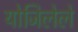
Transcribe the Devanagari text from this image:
योजिलेले